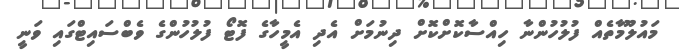
މައުލޫމާތެއް ފުލުހުންނާ ހިއްސާކޮށްކޮށް ދިނުމަށް އެދި އެމީހާގެ ފޮޓޯ ފުލުހުންގެ ވެބްސައިޓްގައި ވަނީ